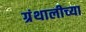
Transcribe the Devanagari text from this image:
ग्रंथालीच्‍या